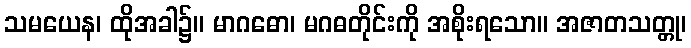
သမယေန၊ ထိုအခါ၌။ မာဂဓော၊ မဂဓတိုင်းကို အစိုးရသော။ အဇာတသတ္တု၊